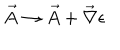
\vec { A } \rightarrow \vec { A } + \vec { \nabla } \epsilon